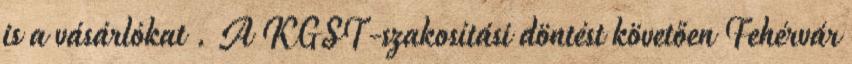
is a vásárlókat . A KGST-szakosítási döntést követően Fehérvár